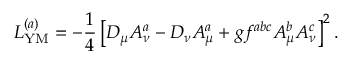
{ \cal L } _ { \mathrm { Y M } } ^ { ( a ) } = - \frac 1 4 \left[ D _ { \mu } A _ { \nu } ^ { a } - D _ { \nu } A _ { \mu } ^ { a } + g f ^ { a b c } A _ { \mu } ^ { b } A _ { \nu } ^ { c } \right] ^ { 2 } .